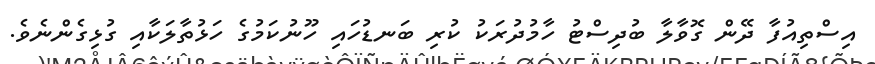
އިސްތިއުފާ ދޭން ގޮވާލާ ބުދިސްޓު ހާމުދުރަކު ކުރި ބަނޑުހައި ހޫނުކަމުގެ ހަޅުތާލަކާއި ގުޅިގެންނެވެ.